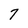
Character: 7